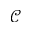
\mathcal { C }